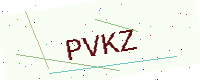
Text: PVKZ